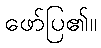
ဖော်ပြ၏။